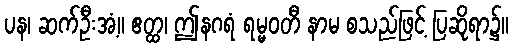
ပန၊ ဆက်ဦးအံ့။ ဧတ္ထ၊ ဤနဂရံ ရမ္မဝတီ နာမ စသည်ဖြင့် ပြဆိုရာ၌။